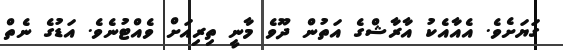
ގަޔަށެވެ. އެއާއެކު އާރާޝްގެ އަތުން ދޫވެ މާނީ ތިރިއަށް ވެއްޓުނެވެ. އަޑުގެ ނެތް